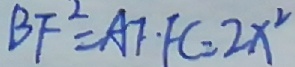
B F ^ { 2 } = A F \cdot F C = 2 x ^ { 2 }